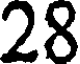
28